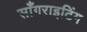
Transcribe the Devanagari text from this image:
साँगराइटिंग